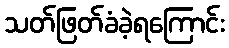
သတ်ဖြတ်ခံခဲ့ရကြောင်း